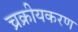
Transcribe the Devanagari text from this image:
च्रक्रीयकरण